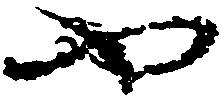
や